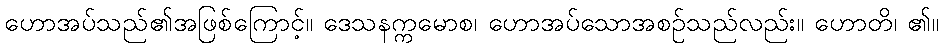
ဟောအပ်သည်၏အဖြစ်ကြောင့်။ ဒေသနက္ကမောစ၊ ဟောအပ်သောအစဉ်သည်လည်း။ ဟောတိ၊ ၏။